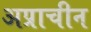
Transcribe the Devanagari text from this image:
अप्राचीन